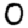
Digit: 0